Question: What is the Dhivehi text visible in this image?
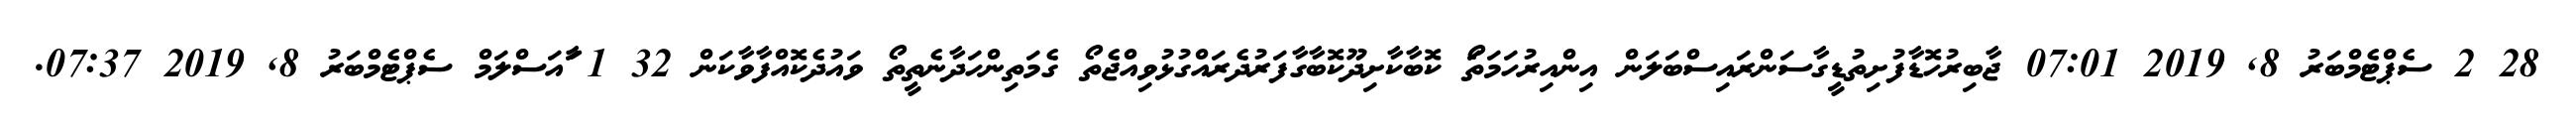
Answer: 28 2 ސެޕްޓެމްބަރު 8, 2019 07:01 ޖާބިރުހޮޑާފުށިތުޑީގާސަންރައިސްބަލަން އިންއިރުހަމަތަޯ ކޮބާކާށިދޫކޮބާގާފަރުދެރައްގުޅުވިއްޖެތޯ ގެމަތިންހަދާނެތީތޯ ވައުދެކޮއްފާވާކަން 32 1 ާައަސްލަމް ސެޕްޓެމްބަރު 8, 2019 07:37.